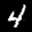
Label: 4